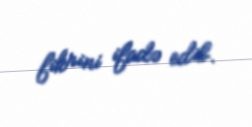
fikrini ifadə edib.